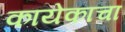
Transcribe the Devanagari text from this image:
कायेकाचा